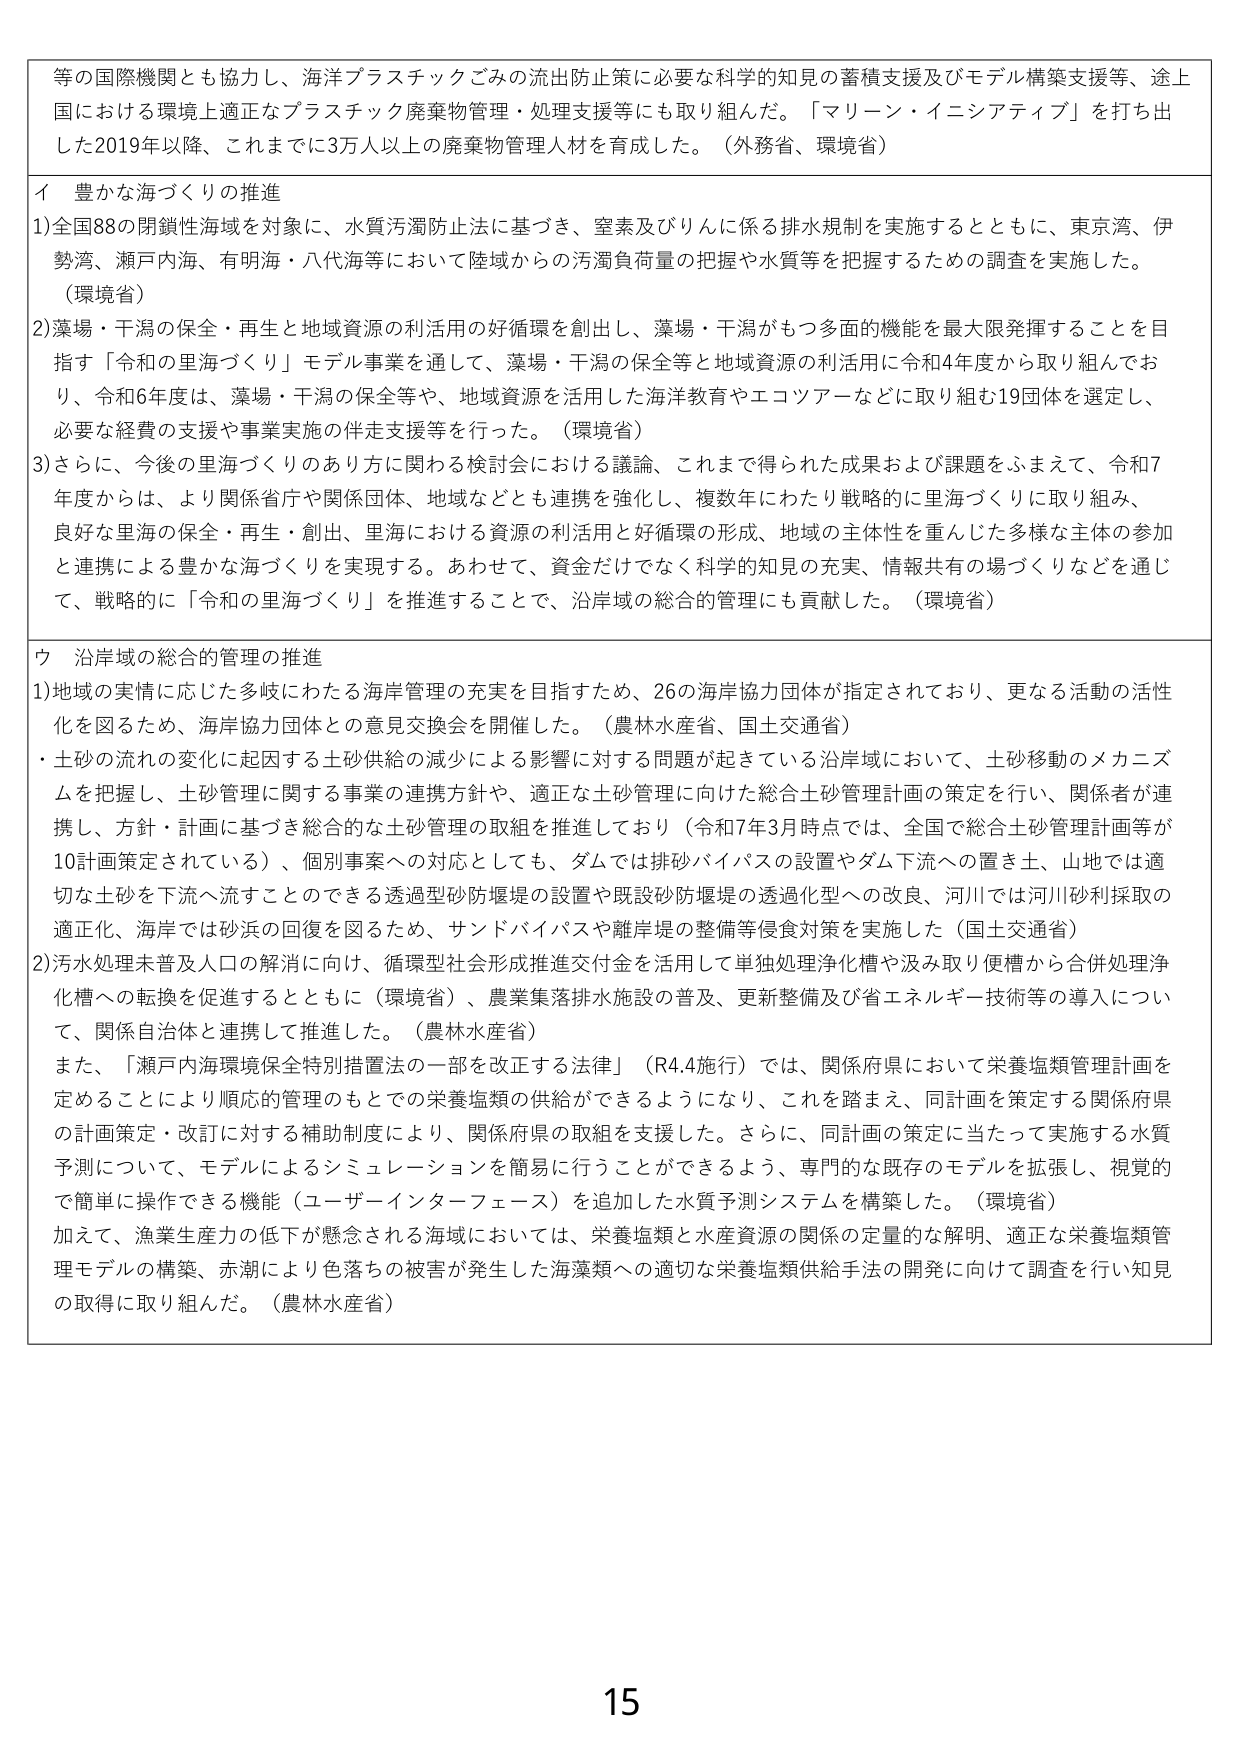
等の国際機関とも協力し、海洋プラスチックごみの流出防止策に必要な科学的知見の蓄積支援及びモデル構築支援等、途上国における環境上適正なプラスチック廃棄物管理・処理支援等にも取り組んだ。「マリーン・イニシアティブ」を打ち出した2019年以降、これまでに3万人以上の廃棄物管理人材を育成した。（外務省、環境省）

イ 豊かな海づくりの推進
1)全国88の閉鎖性海域を対象に、水質汚濁防止法に基づき、窒素及びりんに係る排水規制を実施するとともに、東京湾、伊勢湾、瀬戸内海、有明海・八代海等において陸域からの汚濁負荷量の把握や水質等を把握するための調査を実施した。（環境省）
2)藻場・干潟の保全・再生と地域資源の利活用の好循環を創出し、藻場・干潟がもつ多面的機能を最大限発揮することを目指す「令和の里海づくり」モデル事業を通じて、藻場・干潟の保全等と地域資源の利活用に令和4年度から取り組んでおり、令和6年度は、藻場・干潟の保全等や、地域資源を活用した海洋教育やエコツアーなどに取り組む19団体を選定し、必要な経費の支援や事業実施の伴走支援等を行った。（環境省）
3)さらに、今後の里海づくりのあり方に関わる検討会における議論、これまで得られた成果および課題をふまえて、令和7年度からは、より関係省庁や関係団体、地域などとも連携を強化し、複数年にわたり戦略的に里海づくりに取り組み、良好な里海の保全・再生・創出、里海における資源の利活用と好循環の形成、地域の主体性を重んじた多様な主体の参加と連携による豊かな海づくりを実現する。あわせて、資金だけでなく科学的知見の充実、情報共有の場づくりなどを通じて、戦略的に「令和の里海づくり」を推進することで、沿岸域の総合的管理にも貢献した。（環境省）

ウ 沿岸域の総合的管理の推進
1)地域の実情に応じた多岐にわたる海岸管理の充実を目指すため、26の海岸協力団体が指定されており、更なる活動の活性化を図るため、海岸協力団体との意見交換会を開催した。（農林水産省、国土交通省）
・土砂の流れの変化に起因する土砂供給の減少による影響に対する問題が起きている沿岸域において、土砂移動のメカニズムを把握し、土砂管理に関する事業の連携方針や、適正な土砂管理に向けた総合土砂管理計画の策定を行い、関係者が連携し、方針・計画に基づき総合的な土砂管理の取組を推進しており（令和7年3月時点では、全国で総合土砂管理計画等が10計画策定されている）、個別事案への対応としても、ダムでは排砂バイパスの設置やダム下流への置き土、山地では適切な土砂を下流へ流すことのできる透過型砂防堰堤の設置や既設砂防堰堤の透過化型への改良、河川では河川砂利採取の適正化、海岸では砂浜の回復を図るため、サンドバイパスや離岸堤の整備等侵食対策を実施した（国土交通省）
2)汚水処理未普及人口の解消に向け、循環型社会形成推進交付金を活用して単独処理浄化槽や汲み取り便槽から合併処理浄化槽への転換を促進するとともに（環境省）、農業集落排水施設の普及、更新整備及び省エネルギー技術等の導入について、関係自治体と連携して推進した。（農林水産省）
また、「瀬戸内海環境保全特別措置法の一部を改正する法律」（R4.4施行）では、関係府県において栄養塩類管理計画を定めることにより順応的管理のもとでの栄養塩類の供給ができるようになり、これを踏まえ、同計画を策定する関係府県の計画策定・改訂に対する補助制度により、関係府県の取組を支援した。さらに、同計画の策定に当たって実施する水質予測について、モデルによるシミュレーションを簡易に行うことができるよう、専門的な既存のモデルを拡張し、視覚的で簡単に操作できる機能（ユーザーインターフェース）を追加した水質予測システムを構築した。（環境省）
加えて、漁業生産力の低下が懸念される海域においては、栄養塩類と水産資源の関係の定量的な解明、適正な栄養塩類管理モデルの構築、赤潮により色落ちの被害が発生した海藻類への適切な栄養塩類供給手法の開発に向けて調査を行い知見の取得に取り組んだ。（農林水産省）

15